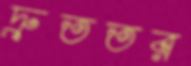
দ্রুততর